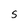
Character: S